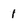
Character: 1